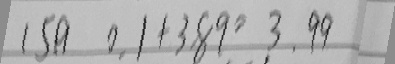
1 5 9 0 . 1 + 3 . 8 9 = 3 . 9 9